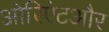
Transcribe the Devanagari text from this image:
ओरिएंटऔर